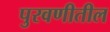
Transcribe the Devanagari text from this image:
पुरवणीतील